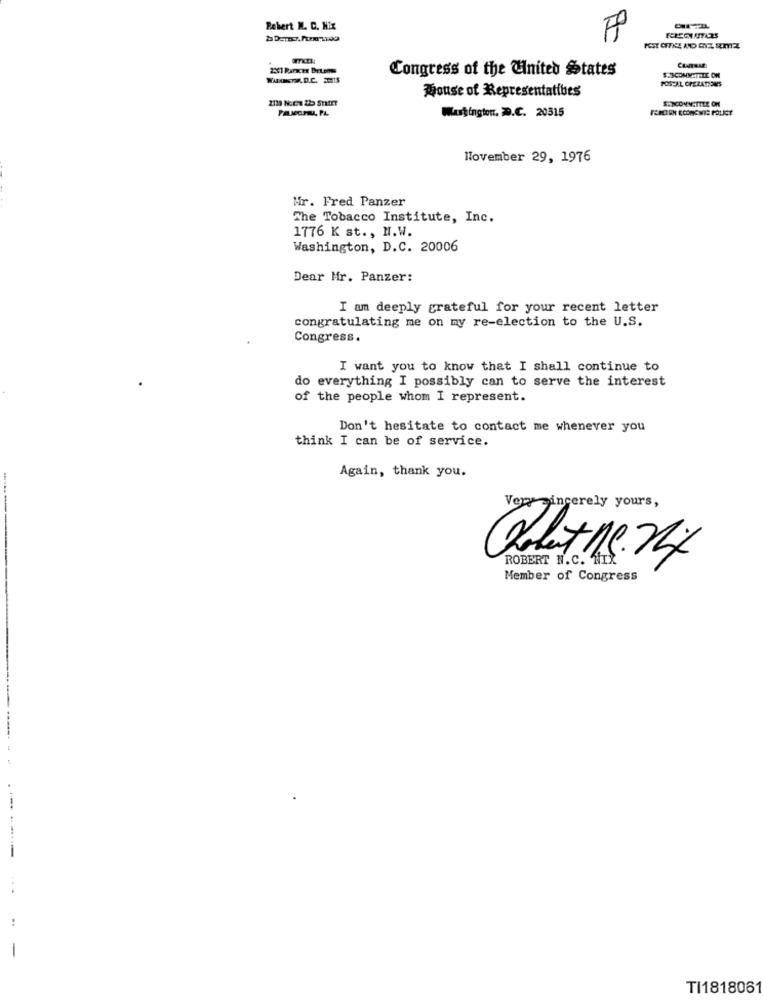
Behiert N. C. N&x
2X1 Rances Brums
Congress of the United States
POSCAL OPERATIONS
Mouse of Representatibes
Washington, D.C. 20315
November 29, 1976
Mr. Fred Panzer
The Tobacco Institute, Inc.
1776 K st ., H.W.
Washington, D.C. 20006
Dear Mr. Panzer:
I am deeply grateful for your recent letter
congratulating me on my re-election to the U.S.
Congress.
I want you to know that I shall continue to
do everything I possibly can to serve the interest
of the people whom I represent.
Don't hesitate to contact me whenever you
think I can be of service.
Again, thank you.
Very sincerely yours,
ROBERT N.C. NIX
Member of Congress
TI1818061